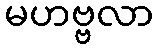
မဟဗ္ဗလာ